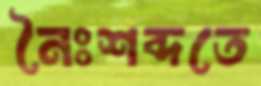
নৈঃশব্দতে